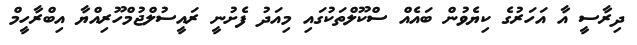
ދިރާސީ އާ އަހަރުގެ ކިޔެވުން ބައެއް ސްކޫލްތަކުގައި މިއަދު ފެށުނީ ރައީސުލްޖުމްހޫރިއްޔާ އިބްރާހީމް